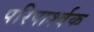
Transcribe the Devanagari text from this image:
परिपार्श्वक